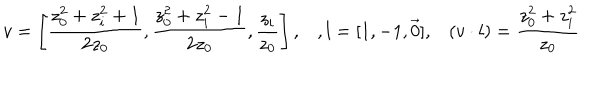
v = \left[ { \frac { z _ { 0 } ^ { 2 } + z _ { i } ^ { 2 } + 1 } { 2 z _ { 0 } } } , { \frac { z _ { 0 } ^ { 2 } + z _ { i } ^ { 2 } - 1 } { 2 z _ { 0 } } } , { \frac { z _ { i } } { z _ { 0 } } } \right] , , l = [ 1 , - 1 , \vec { 0 } ] , ( v \cdot l ) = { \frac { z _ { 0 } ^ { 2 } + z _ { i } ^ { 2 } } { z _ { 0 } } }